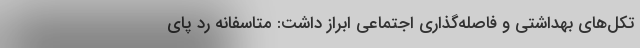
تکل‌های بهداشتی و فاصله‌گذاری اجتماعی ابراز داشت: متاسفانه رد پای